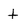
Character: t